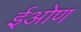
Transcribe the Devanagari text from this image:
ईओण